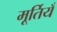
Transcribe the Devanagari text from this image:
मूर्तियँ